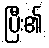
ပြီး၏